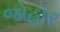
જોહોર